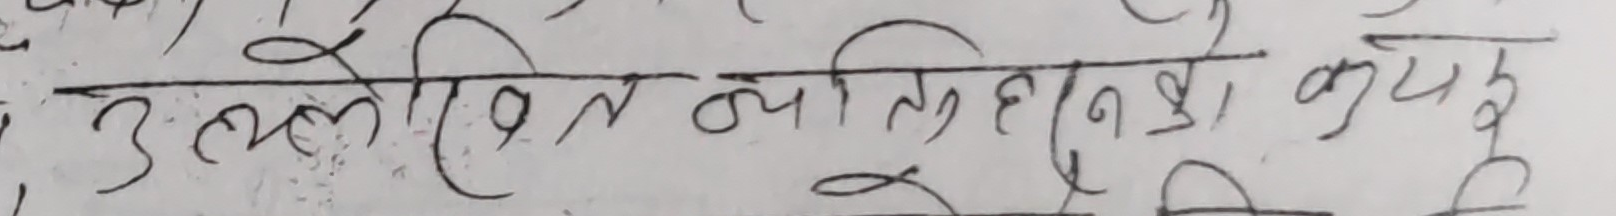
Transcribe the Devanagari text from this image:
उल्लेखित व्यक्तिहरुको कयङ्क